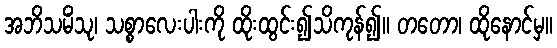
အဘိသမိံသု၊ သစ္စာလေးပါးကို ထိုးထွင်း၍သိကုန်၍။ တတော၊ ထိုနောင်မှ။